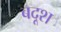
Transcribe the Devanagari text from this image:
बदूश